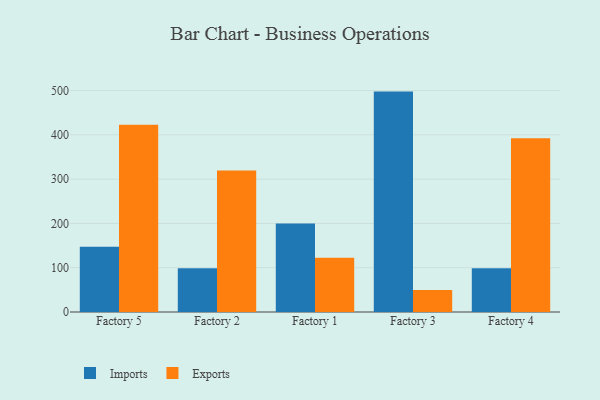
{"axis": {"x": "Factory", "y": "Production Output"}, "legend": ["Exports", "Imports"], "data": [{"x": "Factory 5", "y": 147.2, "type": "Imports"}, {"x": "Factory 5", "y": 422.6, "type": "Exports"}, {"x": "Factory 2", "y": 98.8, "type": "Imports"}, {"x": "Factory 2", "y": 319.5, "type": "Exports"}, {"x": "Factory 1", "y": 199.6, "type": "Imports"}, {"x": "Factory 1", "y": 122.2, "type": "Exports"}, {"x": "Factory 3", "y": 497.6, "type": "Imports"}, {"x": "Factory 3", "y": 49.6, "type": "Exports"}, {"x": "Factory 4", "y": 98.6, "type": "Imports"}, {"x": "Factory 4", "y": 392.2, "type": "Exports"}]}